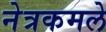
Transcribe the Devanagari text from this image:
नेत्रकमले